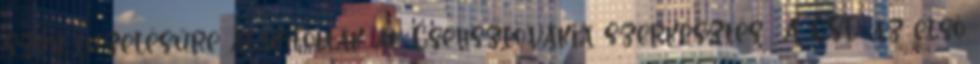
szén tüzelésűre alakították át. Csehszlovákia szerkesztés A ČSD az első